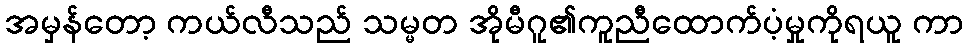
အမှန်တော့ ကယ်လီသည် သမ္မတ အိုမီဂူ၏ကူညီထောက်ပံ့မှုကိုရယူ ကာ